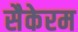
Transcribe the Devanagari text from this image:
सैकेरम